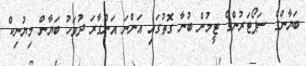
ބަޔާންގެ ސަޕޯޓަރުންގެ ޓީމުން ބުނާ ގޮތުގައި އަންނަ އަންގާރަ ދުވަހު ބަޔާން މިޔުނިކް